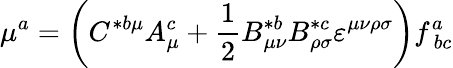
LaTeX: \mu^{a}=\left(C^{*b\mu}A_{\mu}^{c}+\frac 12B_{\mu\nu}^{*b}B_{\rho\sigma}^{*c}\varepsilon^{\mu\nu\rho\sigma}\right)f_{\ bc}^{a}